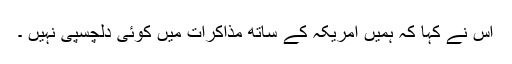
اس نے کہا کہ ہمیں امریکہ کے ساتھ مذاکرات میں کوئی دلچسپی نہیں ۔